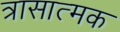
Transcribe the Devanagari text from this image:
त्रासात्मक